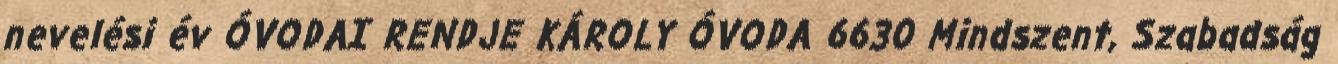
nevelési év ÓVODAI RENDJE KÁROLY ÓVODA 6630 Mindszent, Szabadság